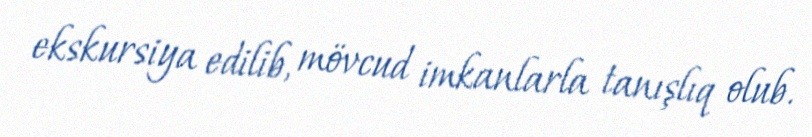
ekskursiya edilib, mövcud imkanlarla tanışlıq olub.